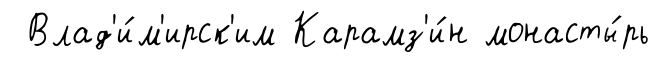
Влад'и́м'ирск'им Карамз'и́н монасты́рь